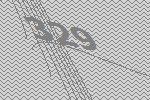
329